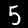
Digit: 5